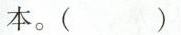
本。()